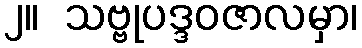
၂။  သဗ္ဗုပဒ္ဒဝဇာလမှာ၊